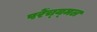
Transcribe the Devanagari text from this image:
परेंच्य्मल